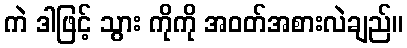
ကဲ ဒါဖြင့် သွား ကိုကို အဝတ်အစားလဲချည်။